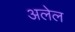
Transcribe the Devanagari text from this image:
अलेल